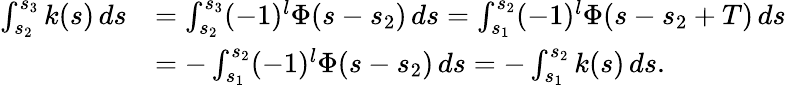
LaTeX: \begin{array}{rl}{\int_{s_{2}}^{s_{3}}k(s)\, ds}&{=\int_{s_{2}}^{s_{3}}(-1)^{l}\Phi(s-s_{2})\, ds=\int_{s_{1}}^{s_{2}}(-1)^{l}\Phi(s-s_{2}+T)\, ds}\\ &{=-\int_{s_{1}}^{s_{2}}(-1)^{l}\Phi(s-s_{2})\, ds=-\int_{s_{1}}^{s_{2}}k(s)\, ds.}\end{array}